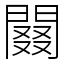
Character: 䦤